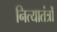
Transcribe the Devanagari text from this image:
नित्यातंत्रों